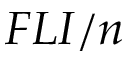
F L I / n